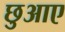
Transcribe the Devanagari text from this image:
छुआए